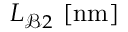
L _ { \mathcal { B } 2 } ~ [ \mathrm { n m } ]